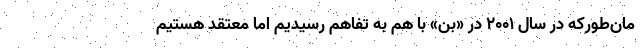
مان‌طوركه در سال 2001 در «بن» با هم به تفاهم رسيديم اما معتقد هستيم